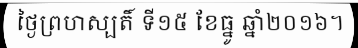
ថ្ងៃព្រហស្បតិ៍ ទី១៥ ខែធ្នូ ឆ្នាំ២០១៦។